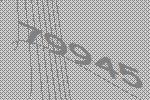
79945